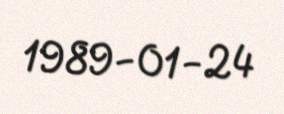
1989-01-24